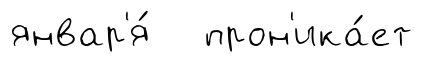
январ'я́ прон'ика́ет